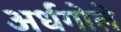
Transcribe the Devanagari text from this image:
अर्धगोले